Lunatic asylums Punjab 1868-1880 - 1868-1880
Year: 1868
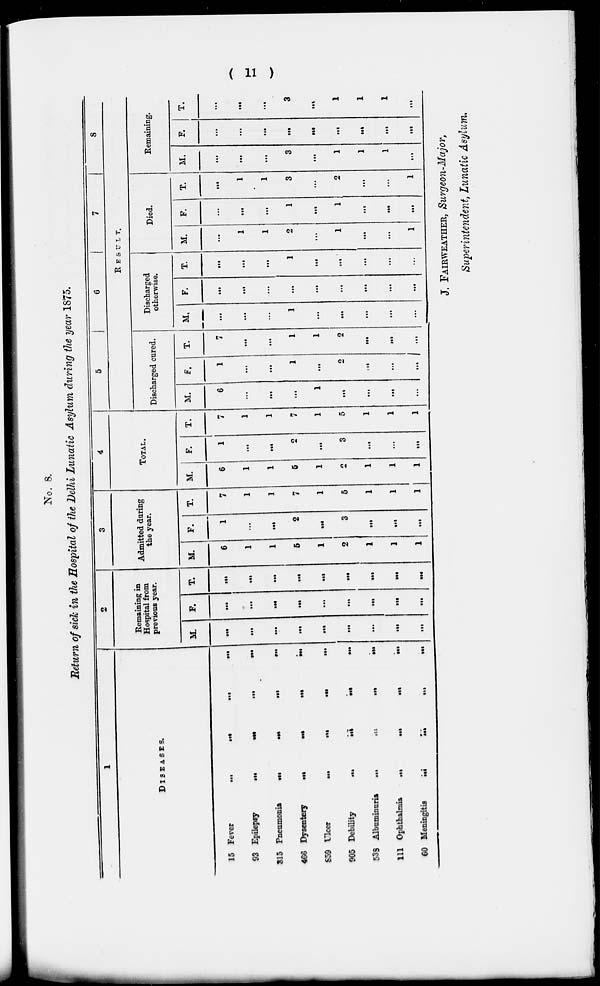
( 11 )
No. 8.
Return of sick in the Hospital of the Delhi Lunatic Asylum during the year 1875.
1
DISEASES.
15 Fever
...
...
...
...
93 Epilepsy
...
...
...
...
315 Pneumonia
...
...
...
...
466 Dysentery
...
...
...
...
859 Ulcer
...
...
...
...
905 Debility
...
...
...
...
538 Albuminuria
...
...
...
...
111 Ophthalmia
...
...
...
...
60 Meningitis
...
...
...
...
2
Remaining in
Hospital from
previous year.
M
...
...
...
...
...
...
...
...
...
F.
...
...
...
...
...
...
...
...
...
T.
...
...
...
...
...
...
...
...
...
3
Admitted during
the year.
M.
6
1
1
5
1
2
1
1
1
F.
1
...
...
2
...
3
...
...
...
T.
7
1
1
7
1
5
1
1
1
4
Total.
M.
6
1
1
5
1
2
1
1
1
F.
1
...
...
2
...
3
...
...
...
T.
7
1
1
7
1
5
1
1
1
5
6
7
8
RESULT.
Discharged cured.
M.
6
...
...
...
1
...
...
...
...
F.
1
...
...
1
...
2
...
...
...
T.
7
...
...
1
1
2
...
...
...
Discharged
otherwise.
M.
...
...
...
1
...
...
...
...
...
F.
...
...
...
...
...
...
...
...
...
T.
...
...
...
1
...
...
...
...
...
Died.
M.
...
1
1
2
...
1
...
...
1
F.
...
...
...
1
...
1
...
...
...
T.
...
1
1
3
...
2
...
...
1
Remaining.
M.
...
...
...
3
...
1
1
1
...
F.
...
...
...
...
...
...
...
...
...
T.
...
...
...
3
...
1
1
1
...
J. FAIRWEATHER, Surgeon-Major,
Superintendent, Lunatic Asylum.